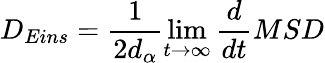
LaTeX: D_{Eins}=\frac{1}{2d_{\alpha}}\operatorname*{lim}_{t\rightarrow\infty}\frac{d}{dt}MSD